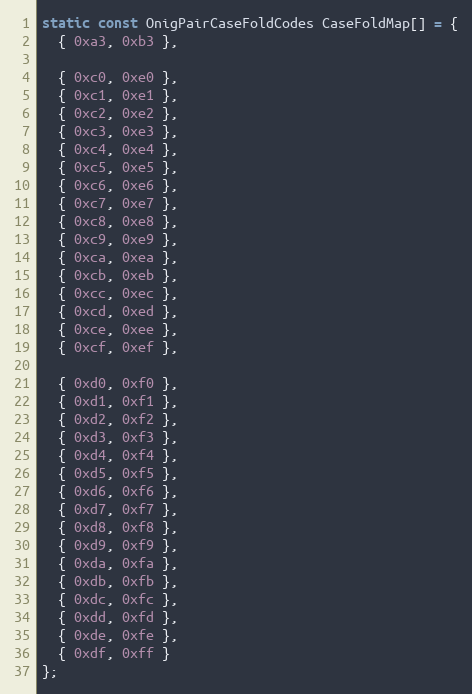
Language: C
static const OnigPairCaseFoldCodes CaseFoldMap[] = {
  { 0xa3, 0xb3 },

  { 0xc0, 0xe0 },
  { 0xc1, 0xe1 },
  { 0xc2, 0xe2 },
  { 0xc3, 0xe3 },
  { 0xc4, 0xe4 },
  { 0xc5, 0xe5 },
  { 0xc6, 0xe6 },
  { 0xc7, 0xe7 },
  { 0xc8, 0xe8 },
  { 0xc9, 0xe9 },
  { 0xca, 0xea },
  { 0xcb, 0xeb },
  { 0xcc, 0xec },
  { 0xcd, 0xed },
  { 0xce, 0xee },
  { 0xcf, 0xef },

  { 0xd0, 0xf0 },
  { 0xd1, 0xf1 },
  { 0xd2, 0xf2 },
  { 0xd3, 0xf3 },
  { 0xd4, 0xf4 },
  { 0xd5, 0xf5 },
  { 0xd6, 0xf6 },
  { 0xd7, 0xf7 },
  { 0xd8, 0xf8 },
  { 0xd9, 0xf9 },
  { 0xda, 0xfa },
  { 0xdb, 0xfb },
  { 0xdc, 0xfc },
  { 0xdd, 0xfd },
  { 0xde, 0xfe },
  { 0xdf, 0xff }
};